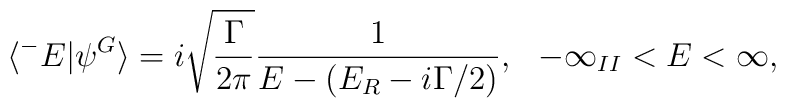
\langle^-E|\psi^G\rangle=i\sqrt{\frac{\Gamma}{2\pi}}\frac{1}{E-(E_R-i\Gamma/2)},\,\,\,\,-\infty_{II}<E<\infty,